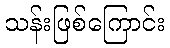
သန်းဖြစ်ကြောင်း